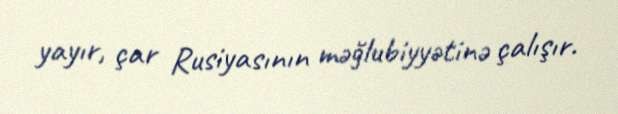
yayır, çar Rusiyasının məğlubiyyətinə çalışır.